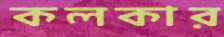
কলকার